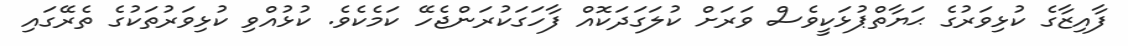
ފާއިޒާގެ ކުޅިވަރުގެ ޙަޔާތްޕުޅަކީވެސް ވަރަށް ކުލަގަދަކޮއް ފާހަގަކުރަންޖެހޭ ކަމެކެވެ. ކުޅުއްވި ކުޅިވަރުތަކުގެ ތެރޭގައި